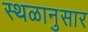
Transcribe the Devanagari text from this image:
स्थळानुसार